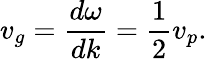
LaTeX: v_{g}={\frac{d\omega}{dk}}={\frac{1}{2}}v_{p}.